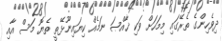
ދިވެހިންގެ ތެރޭގައި މިމަހަށް ވަކި ޚާއްޞަ ނަމެއް ކިޔައިނޫޅޭތީ ތެޔޮ މަސް އާއި